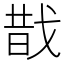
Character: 𢧉